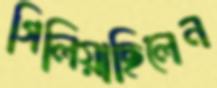
গিলিয়াছিলেন